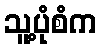
သူ့ပုံစံက